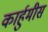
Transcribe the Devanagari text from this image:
कार्हुमीस